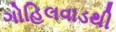
ગોહિલવાડથી